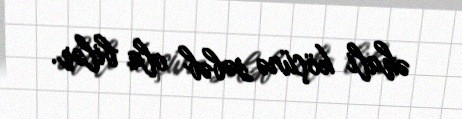
əhali köçünə səbəb ola bilər.